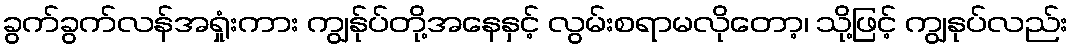
ခွက်ခွက်လန်အရှုံးကား ကျွန်ုပ်တို့အနေနှင့် လွမ်းစရာမလိုတော့၊ သို့ဖြင့် ကျွနုပ်လည်း